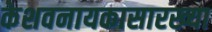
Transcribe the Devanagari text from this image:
केशवनायकासारख्या